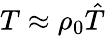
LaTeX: T\approx\rho_{0}{\hat{T}}